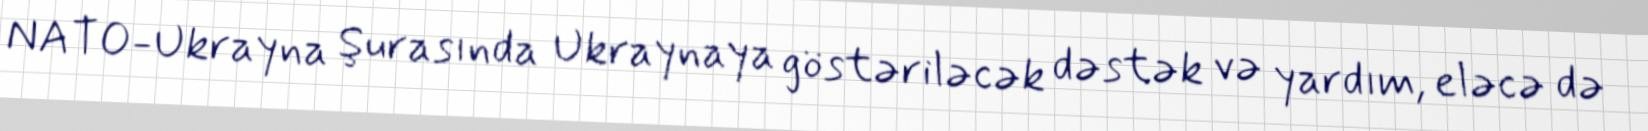
NATO-Ukrayna Şurasında Ukraynaya göstəriləcək dəstək və yardım, eləcə də